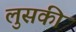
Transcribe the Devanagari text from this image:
लुसकी